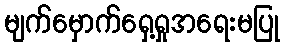
မျက်မှောက်ရှေ့ရှုအရေးမပြု